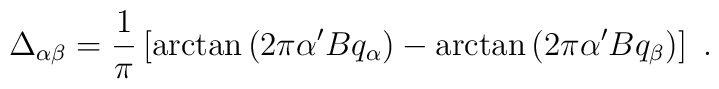
\Delta_{\alpha\beta}={1\over \pi}\left[\arctan\left(2\pi\alpha^\prime  B q_\alpha\right) - \arctan\left(2\pi\alpha^\prime B q_\beta\right)\right]~.